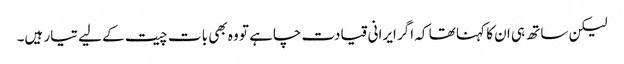
لیکن ساتھ ہی ان کا کہنا تھا کہ اگر ایرانی قیادت چاہے تو وہ بھی بات چیت کے لیے تیار ہیں۔